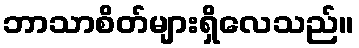
ဘာသာစိတ်များရှိလေသည်။